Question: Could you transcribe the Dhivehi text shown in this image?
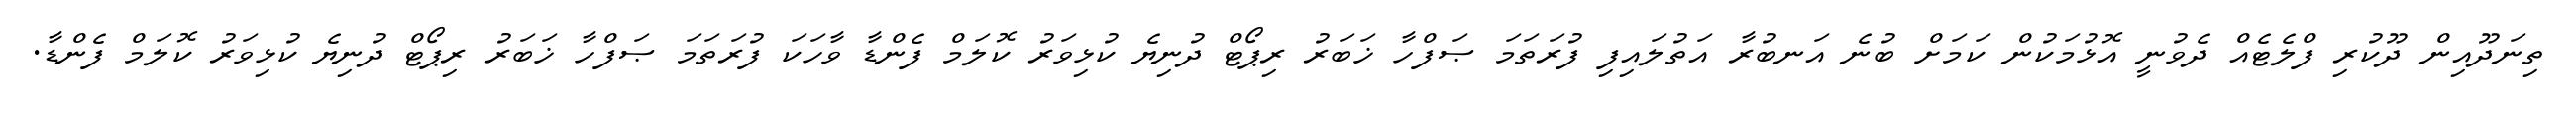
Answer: ތިނަދޫއިން ދޫކުރި ފްލެޓެއް ދެވުނީ އޮޅުމަކުން ކަމަށް ބުނެ އަނބުރާ އަތުލައިފި ފުރަތަމަ ޞަފްހާ ޚަބަރު ރިޕޯޓް ދުނިޔެ ކުޅިވަރު ކޮލަމް ފެންޑާ ވާހަކަ ފުރަތަމަ ޞަފްހާ ޚަބަރު ރިޕޯޓް ދުނިޔެ ކުޅިވަރު ކޮލަމް ފެންޑާ.